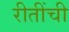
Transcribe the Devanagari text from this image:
रीतींची